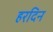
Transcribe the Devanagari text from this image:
हरदिन